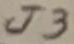
Text: J3